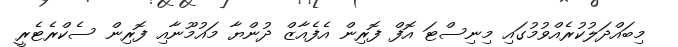
މިބައްދަލުކުރެއްވުމުގައި މިނިސްޓަ އޮފް ފޮރިން އެފެއާޒް ދުންޔާ މައުމޫނާއި ފޮރިން ސެކްރެޓެރީ